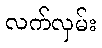
လက်လှမ်း